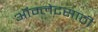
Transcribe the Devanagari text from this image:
ऑम्लेटसाठी